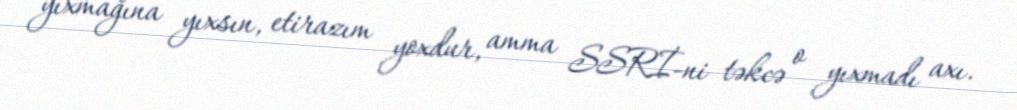
yıxmağına yıxsın, etirazım yoxdur, amma SSRİ-ni təkcə o yıxmadı axı.